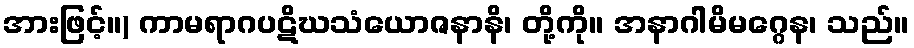
အားဖြင့်။) ကာမရာဂပဋိဃသံယောဇနာနိ၊ တို့ကို။ အနာဂါမိမဂ္ဂေန၊ သည်။